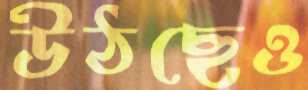
উঠছেও